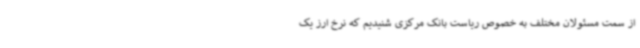
از سمت مسئولان مختلف به خصوص ریاست بانک مرکزی شنیدیم که نرخ ارز یک